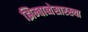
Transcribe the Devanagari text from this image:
झिम्बाब्वेसारख्या